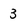
Character: 3